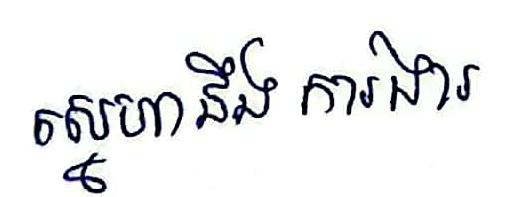
ស្នេហានឹង ការងារ